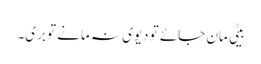
بیٹی مان جائے تو دیوی نہ مانے تو بری۔